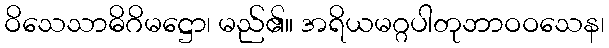
ဝိသေသာဓိဂိမဋ္ဌော၊ မည်၏။ အရိယမဂ္ဂပါတုဘာဝဝသေန၊